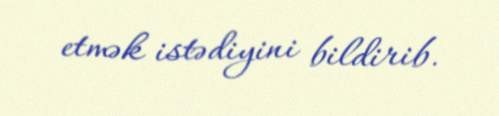
etmək istədiyini bildirib.